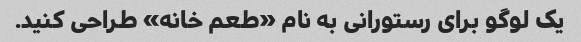
یک لوگو برای رستورانی به نام «طعم خانه» طراحی کنید.